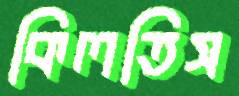
কিলতিস